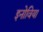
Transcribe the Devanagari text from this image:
इनोविया